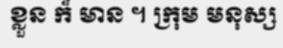
ខ្លួន ក៏ មាន ។ ក្រុម មនុស្ស